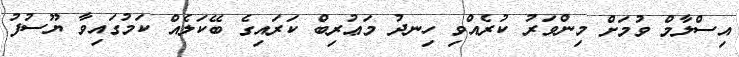
އިސްލާމް ވުމަށް މިންވަރު ކުރެއްވި ހިނދު މަޢުރިބް ކަރައިގެ ބޭކަލެއް ކަމުގައިވާ ޔޫސުފު